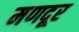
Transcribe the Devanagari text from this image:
मणदूर